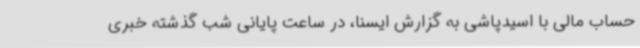
حساب مالی با اسیدپاشی به گزارش ایسنا، در ساعت پایانی شب گذشته خبری